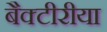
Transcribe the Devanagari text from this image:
बैक्टीरीया